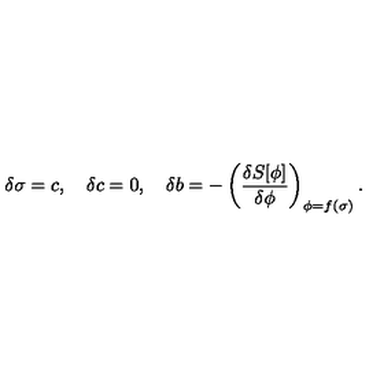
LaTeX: \delta \sigma = c , \quad \delta c = 0 , \quad \delta b = - \left( \frac { \delta S [ \phi ] } { \delta \phi } \right) _ { \phi = f ( \sigma ) } .